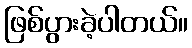
ဖြစ်ပွားခဲ့ပါတယ်။